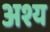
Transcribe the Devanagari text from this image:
अश्य